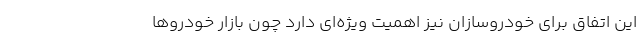
این اتفاق برای خودروسازان نیز اهمیت ویژه‌ای دارد چون بازار خودروها